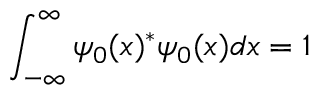
\int _ { - \infty } ^ { \infty } \psi _ { 0 } ( x ) ^ { * } \psi _ { 0 } ( x ) d x = 1